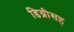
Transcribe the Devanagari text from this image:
डिग्रीसह